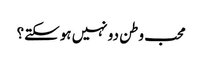
محب وطن دو نہیں ہوسکتے؟